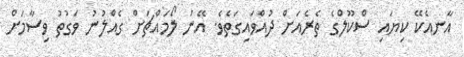
އާނއެކޭ ކިޔައި ސްކޫލްގެ ތެރެއަށް ދުއްވައިގަތެވެ. އޭނަ ލޯމައްޗަށް ގެއްލުނު ވަގުތު ވިސާމަށް